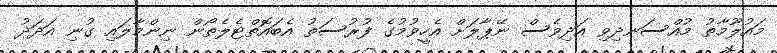
މައުލޫމާތު މުއްސަނދިވި އަދިވެސް ނޭޕާލަށް އެހީވުމުގެ ފުރުސަތު އެބައޮތްޓެލެތޯން ނިންމާލައި ގުނި އަދަދު